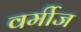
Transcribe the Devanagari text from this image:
वर्मीज